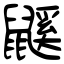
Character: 鼷